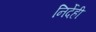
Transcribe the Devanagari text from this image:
निर्देही